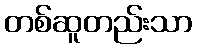
တစ်ဆူတည်းသာ